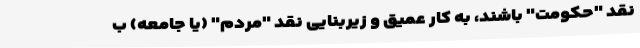
نقد "حکومت" باشند، به کار عمیق و زیربنایی نقد "مردم" (یا جامعه) ب